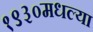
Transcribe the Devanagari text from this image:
१९३०मधल्या